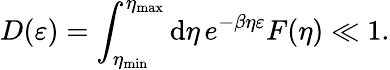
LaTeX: D(\varepsilon)=\int_{\eta_{\mathrm{min}}}^{\eta_{\mathrm{max}}}\mathrm{d}\eta\, e^{-\beta\eta\varepsilon}F(\eta)\ll 1.